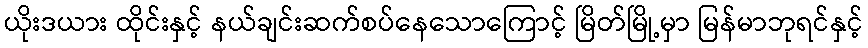
ယိုးဒယား ထိုင်းနှင့် နယ်ချင်းဆက်စပ်နေသောကြောင့် မြိတ်မြို့မှာ မြန်မာဘုရင်နှင့်